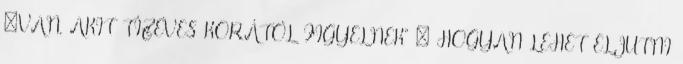
„VAN, AKIT TÍZÉVES KORÁTÓL FIGYELNEK” – HOGYAN LEHET ELJUTNI